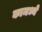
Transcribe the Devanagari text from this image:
कामध्ये